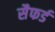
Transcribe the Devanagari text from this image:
सैफर्ड